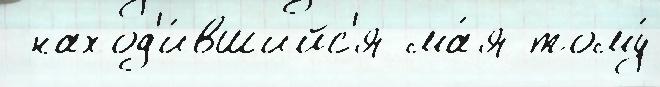
 наход'и́вшийс'я ма́я тому́